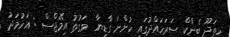
ހިތަދޫ ބެންކް ސަރަހައްދުގައި ހުންނަ ގާޑިޔާ  ވަގުތު އިމޭޖްސް : އަހުމަދު